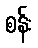
စန်း